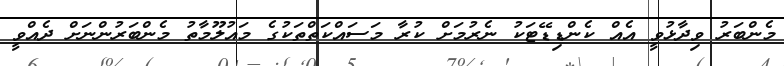
މެންބަރު ވިދާޅުވީ އެއް ކެންޑިޑޭޓަކު ނެރުމަށް ކުރާ މަސައްކަތްތަކުގެ މައުލޫމާތު މެންބަރުންނަށް ދެއްވީ